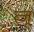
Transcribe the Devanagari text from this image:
त्जू